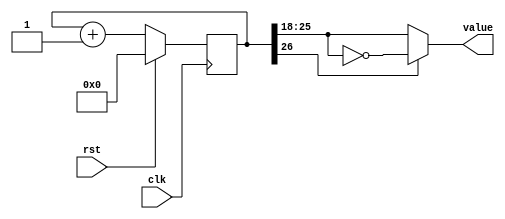
module counter #(parameter CTR_LEN = 27) (
	input wire clk,
	input wire rst,
	output reg [7:0] value
	);
   
	//flip flop registers
	reg[CTR_LEN-1:0] ctr_d, ctr_q;
	
	//We are creating a count-up/count-down timer here with a 
	//  triangular shape.
	//The MSB determines the direction (up or down)
	//The 8 next highest bits form out output value
	//The remaining bits are not used (they are needed to get the timing
	//  right though, otherwise the counter would be too fast)
	//There is a little trick if inverting the value to get 
	//   it to count down instead of up when the MSB == 1
	always @(ctr_q) begin
		ctr_d = ctr_q + 1'b1;
     
		if (ctr_q[CTR_LEN-1] == 1)
			value = ~ctr_q[CTR_LEN-2:CTR_LEN-9];
		else
			value = ctr_q[CTR_LEN-2:CTR_LEN-9];
	end
	
	//standard positive edge of clk triggered always block
	//reset sets the coutner to zero
	//otherwise it sets the output (ctr_q) to the input (crt_d)
	always @(posedge clk) begin
		if (rst == 1) begin
			ctr_q <= 'b0;
		
		end else begin
			ctr_q <= ctr_d;
		end
		
	end
   
endmodule